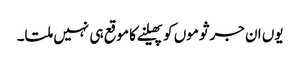
یوں ان جرثوموں کو پھیلنے کا موقع ہی نہیں ملتا۔